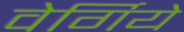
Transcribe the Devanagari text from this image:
वेर्गिये